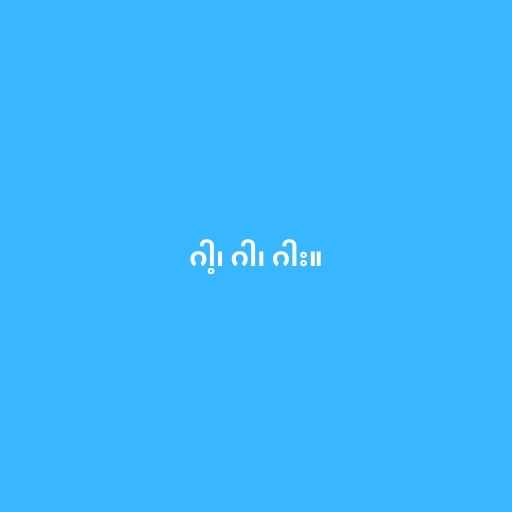
ဂါ့၊ ဂါ၊ ဂါး။